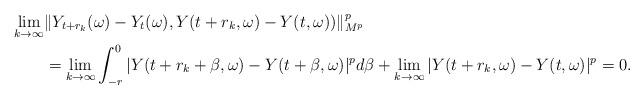
LaTeX: \begin{align*}\lim_{k\to \infty} &\|Y_{t+r_k}(\omega)-Y_t(\omega), Y(t+r_k,\omega)-Y(t,\omega))\|_{M^p}^p\\&= \lim_{k\to \infty} \int_{-r}^0 |Y(t+r_k+\beta, \omega)-Y(t+\beta, \omega)|^p d\beta + \lim_{k\to \infty} |Y(t+r_k, \omega)-Y(t, \omega)|^p=0.\end{align*}